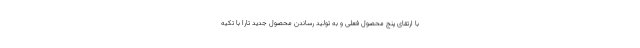
با ارتقای پنج محصول فعلی و به تولید رساندن محصول جدید تارا با تکیه